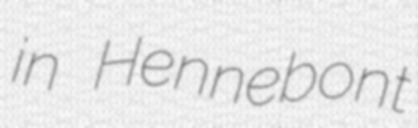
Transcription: in Hennebont